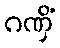
ဂဏှိံ